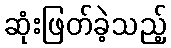
ဆုံးဖြတ်ခဲ့သည့်